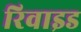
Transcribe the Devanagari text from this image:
रिवाइड